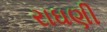
રાઘણી